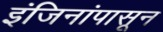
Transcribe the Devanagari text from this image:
इंजिनांपासून